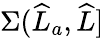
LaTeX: \Sigma(\widehat{L}_{a},\widehat{L}]